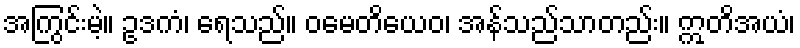
အကြွင်းမဲ့။ ဥဒကံ၊ ရေသည်။ ဝမေတိယေဝ၊ အန်သည်သာတည်း။ ဣတိအယံ၊